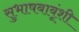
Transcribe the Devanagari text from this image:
सुभाषबाबूंशी